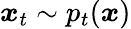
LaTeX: \boldsymbol{x}_{t}\sim p_{t}(\boldsymbol{x})